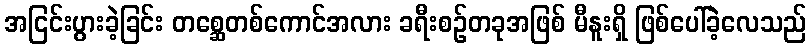
အငြင်းပွားခဲ့ခြင်း တစ္ဆေတစ်ကောင်အလား ခရီးစဉ်တခုအဖြစ် မီနူးရှိ ဖြစ်ပေါ်ခဲ့လေသည်